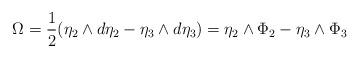
LaTeX: \begin{align*} \Omega=\frac{1}{2}(\eta_{2}\wedge d\eta_{2}-\eta_{3}\wedge d\eta_{3})= \eta_{2}\wedge \Phi_{2}-\eta_{3}\wedge \Phi_{3} \end{align*}